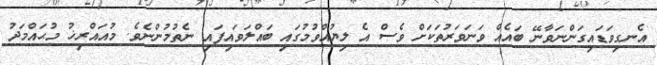
އެނގިވަޑައިގަންނަވާނޭ ބައެއް ވަނަވަރުތަކަށް ވެސް އެ ލިޔުއްވުމުގައި ބައްލަވައިފައި ނެތުމުންނެވެ. މުއައްރިޚު މުޙައްމަދު